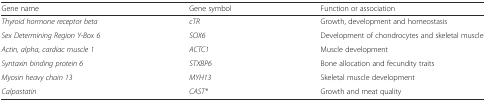
<table><thead><tr><td><b>Gene name</b></td><td><b>Gene symbol</b></td><td><b>Function or association</b></td></tr></thead><tbody><tr><td><i>Thyroid hormone receptor beta</i></td><td><i>cTR</i></td><td>Growth, development and homeostasis</td></tr><tr><td><i>Sex Determining Region Y-Box 6</i></td><td><i>SOX6</i></td><td>Development of chondrocytes and skeletal muscle</td></tr><tr><td><i>Actin, alpha, cardiac muscle 1</i></td><td><i>ACTC1</i></td><td>Muscle development</td></tr><tr><td><i>Syntaxin binding protein 6</i></td><td><i>STXBP6</i></td><td>Bone allocation and fecundity traits</td></tr><tr><td><i>Myosin heavy chain 13</i></td><td><i>MYH13</i></td><td>Skeletal muscle development</td></tr><tr><td><i>Calpastatin</i></td><td><i>CAST*</i></td><td>Growth and meat quality</td></tr></tbody></table>